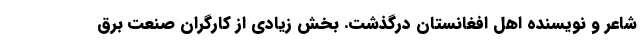
شاعر و نویسنده اهل افغانستان درگذشت. بخش زیادی از کارگران صنعت برق